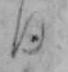
日